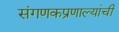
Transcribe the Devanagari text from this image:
संगणकप्रणाल्यांची